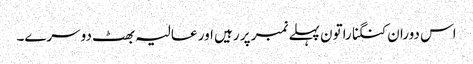
اس دوران کنگنا راتون پہلے نمبر پر رہیں اور عالیہ بھٹ دوسرے۔